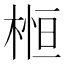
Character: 𣕲